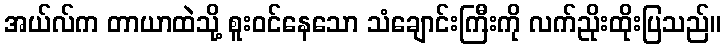
အယ်လ်က တာယာထဲသို့ စူးဝင်နေသော သံချောင်းကြီးကို လက်ညိုးထိုးပြသည်။